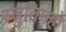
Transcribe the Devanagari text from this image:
स्तुतिमहो